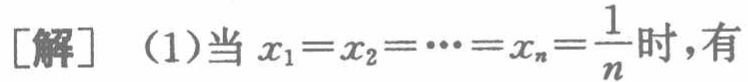
[解] （1）当 \(x_1 = x_2 = \cdots = x_n=\frac{1}{n}\) 时，有